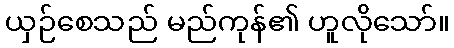
ယှဉ်စေသည် မည်ကုန်၏ ဟူလိုသော်။